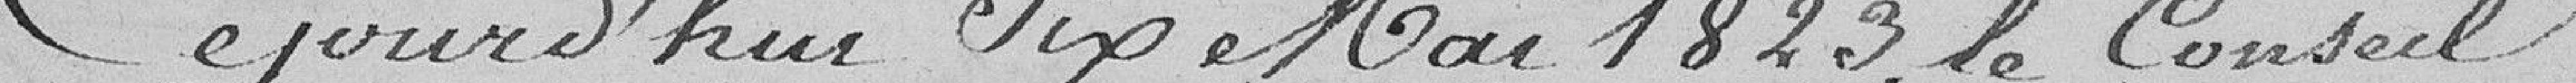
Ce jourd'hui six Mai 1823, le Conseil